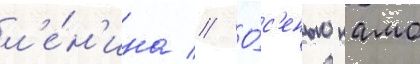
л'е́н'ина // О́с'енью камо